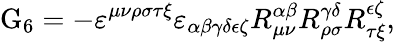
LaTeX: \mathrm{G}_{6}=-\varepsilon^{\mu\nu\rho\sigma\tau\xi}\varepsilon_{\alpha\beta\gamma\delta\epsilon\zeta}R_{\mu\nu}^{\alpha\beta}R_{\rho\sigma}^{\gamma\delta}R_{\tau\xi}^{\epsilon\zeta},